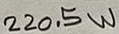
Text: 220.5W